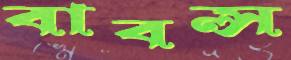
বাবল্স